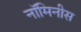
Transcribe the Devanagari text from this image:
नॉमिनीस